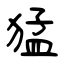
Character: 猛